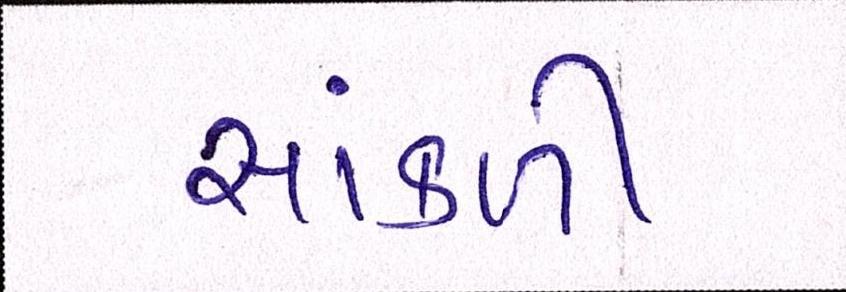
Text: સાંકળી